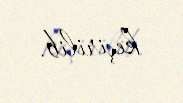
keçirilib.